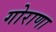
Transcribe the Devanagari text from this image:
गोराणा